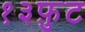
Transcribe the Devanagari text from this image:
१३फ़ुट